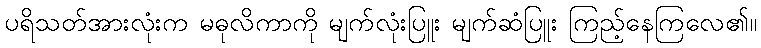
ပရိသတ်အားလုံးက မဓုလိကာကို မျက်လုံးပြူး မျက်ဆံပြူး ကြည့်နေကြလေ၏။